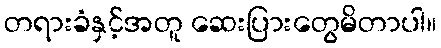
တရားခံနှင့်အတူ ဆေးပြားတွေမိတာပါ။